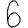
Digit: 6